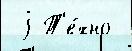
 j Т'е́хно